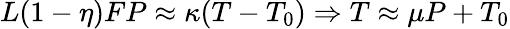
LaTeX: L(1-\eta)FP\approx\kappa(T-T_{0})\Rightarrow T\approx\mu P+T_{0}